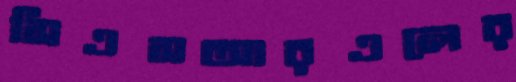
সিএসআরএলের